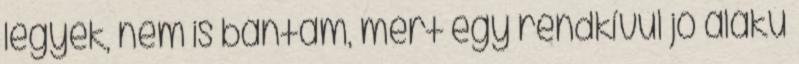
legyek, nem is bántam, mert egy rendkívűl jó alakú